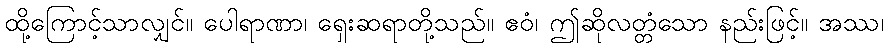
ထို့ကြောင့်သာလျှင်။ ပေါရာဏာ၊ ရှေးဆရာတို့သည်။ ဧဝံ၊ ဤဆိုလတ္တံသော နည်းဖြင့်။ အဿ၊